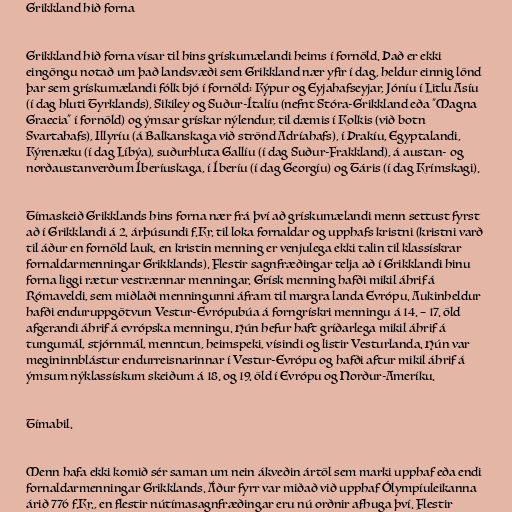
Grikkland hið forna

Grikkland hið forna vísar til hins grískumælandi heims í fornöld. Það er ekki
eingöngu notað um það landsvæði sem Grikkland nær yfir í dag, heldur einnig lönd
þar sem grískumælandi fólk bjó í fornöld: Kýpur og Eyjahafseyjar, Jóníu í Litlu Asíu
(í dag hluti Tyrklands), Sikiley og Suður-Ítalíu (nefnt Stóra-Grikkland eða "Magna
Graecia" í fornöld) og ýmsar grískar nýlendur, til dæmis í Kolkis (við botn
Svartahafs), Illyríu (á Balkanskaga við strönd Adríahafs), í Þrakíu, Egyptalandi,
Kýrenæku (í dag Líbýa), suðurhluta Gallíu (í dag Suður-Frakkland), á austan- og
norðaustanverðum Íberíuskaga, í Íberíu (í dag Georgíu) og Táris (í dag Krímskagi).

Tímaskeið Grikklands hins forna nær frá því að grískumælandi menn settust fyrst
að í Grikklandi á 2. árþúsundi f.Kr. til loka fornaldar og upphafs kristni (kristni varð
til áður en fornöld lauk, en kristin menning er venjulega ekki talin til klassískrar
fornaldarmenningar Grikklands). Flestir sagnfræðingar telja að í Grikklandi hinu
forna liggi rætur vestrænnar menningar. Grísk menning hafði mikil áhrif á
Rómaveldi, sem miðlaði menningunni áfram til margra landa Evrópu. Aukinheldur
hafði enduruppgötvun Vestur-Evrópubúa á forngrískri menningu á 14. – 17. öld
afgerandi áhrif á evrópska menningu. Hún hefur haft gríðarlega mikil áhrif á
tungumál, stjórnmál, menntun, heimspeki, vísindi og listir Vesturlanda. Hún var
megininnblástur endurreisnarinnar í Vestur-Evrópu og hafði aftur mikil áhrif á
ýmsum nýklassískum skeiðum á 18. og 19. öld í Evrópu og Norður-Ameríku.

Tímabil.

Menn hafa ekki komið sér saman um nein ákveðin ártöl sem marki upphaf eða endi
fornaldarmenningar Grikklands. Áður fyrr var miðað við upphaf Ólympíuleikanna
árið 776 f.Kr., en flestir nútímasagnfræðingar eru nú orðnir afhuga því. Flestir